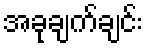
အခုချက်ချင်း